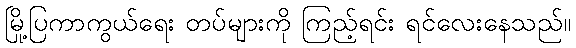
မြို့ပြကာကွယ်ရေး တပ်များကို ကြည့်ရင်း ရင်လေးနေသည်။